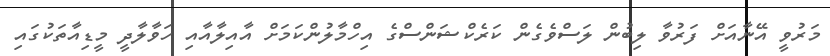
މަރުވީ އޭނާއަށް ފަރުވާ ލިބުން ލަސްވެގެން ކަރެކްޝަންސްގެ އިހްމާލުންކަމަށް އާއިލާއާއި ހަވާލާދީ މީޑިއާތަކުގައި